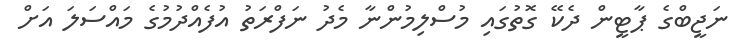
ނަޖީބްގެ ޕާޓީން ދެކޭ ގޮތުގައި މުސްލިމުންނާ މެދު ނަފްރަތު އުފެއްދުމުގެ މައްސަލަ އަށް